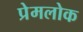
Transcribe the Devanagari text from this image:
प्रेमलोक